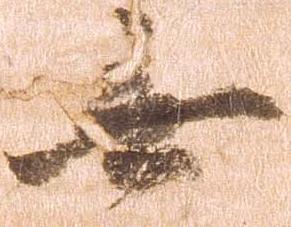
無